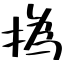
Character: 撝